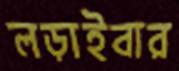
লড়াইবার